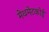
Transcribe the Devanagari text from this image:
मेथमेटकोई